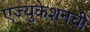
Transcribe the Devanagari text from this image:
एज्युकेशनची